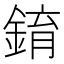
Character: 錥